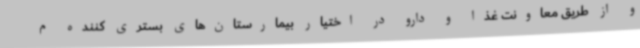
و از طریق معاونت غذا و دارو در اختیار بیمارستان‌های بستری کننده م